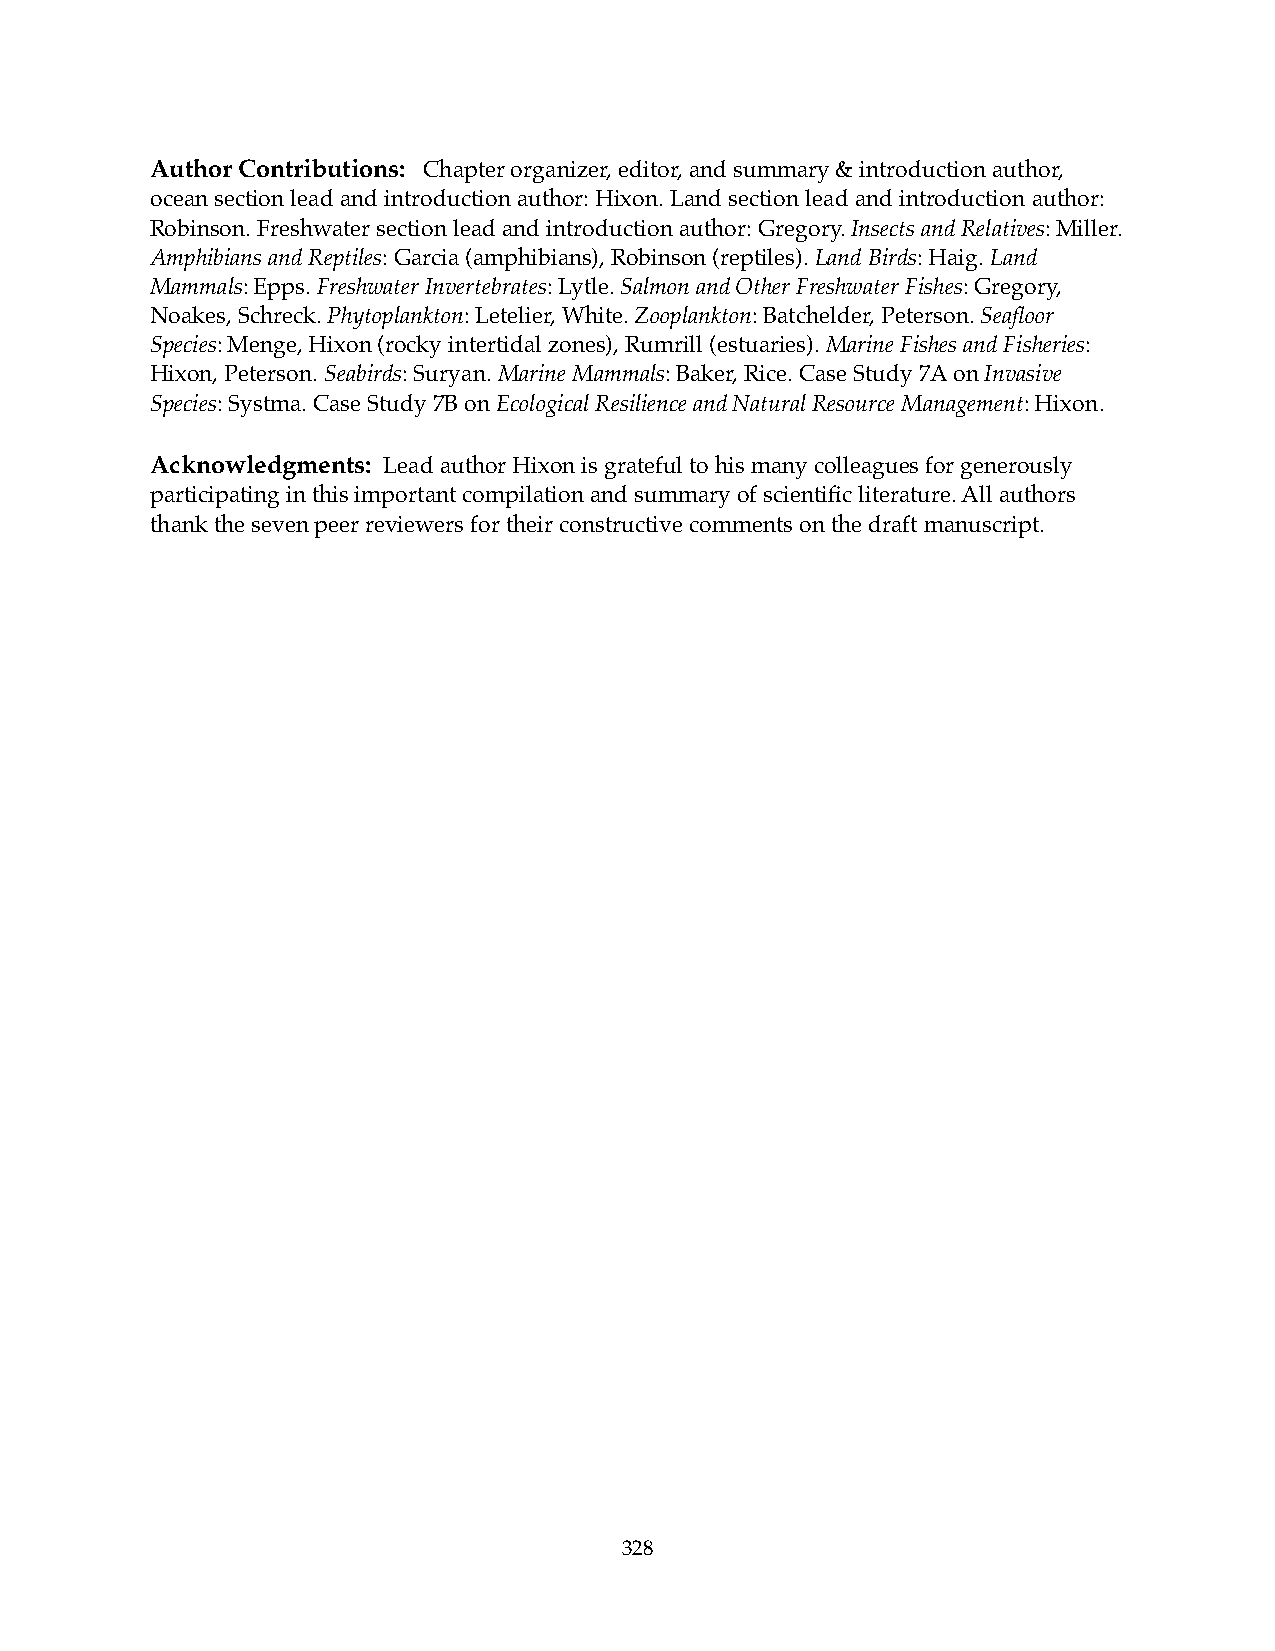
Author Contributions: Chapter organizer, editor, and summary & introduction author,
 ocean section lead and introduction author: Hixon. Land section lead and introduction author:
 Robinson. Freshwater section lead and introduction author: Gregory. Insects and Relatives: Miller.
 Amphibians and Reptiles: Garcia (amphibians), Robinson (reptiles). Land Birds: Haig. Land
 Mammals: Epps. Freshwater Invertebrates: Lytle. Salmon and Other Freshwater Fishes: Gregory,
 Noakes, Schreck. Phytoplankton: Letelier, White. Zooplankton: Batchelder, Peterson. Seafloor
 Species: Menge, Hixon (rocky intertidal zones), Rumrill (estuaries). Marine Fishes and Fisheries:
 Hixon, Peterson. Seabirds: Suryan. Marine Mammals: Baker, Rice. Case Study 7A on Invasive
 Species: Systma. Case Study 7B on Ecological Resilience and Natural Resource Management: Hixon.
 Acknowledgments: Lead author Hixon is grateful to his many colleagues for generously
 participating in this important compilation and summary of scientific literature. All authors
 thank the seven peer reviewers for their constructive comments on the draft manuscript.
 328